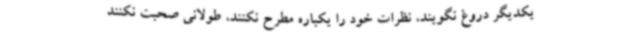
یکدیگر دروغ نگویند، نظرات خود را یکباره مطرح نکنند، طولانی صحبت نکنند